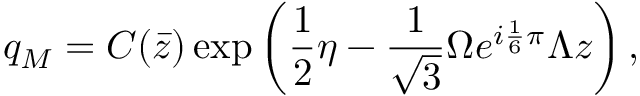
q _ { M } = C ( \bar { z } ) \exp \left( \frac { 1 } { 2 } \eta - \frac { 1 } { \sqrt { 3 } } \Omega e ^ { i \frac { 1 } { 6 } \pi } \Lambda z \right) ,